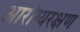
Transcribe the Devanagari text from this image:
आरोग्यरक्षण